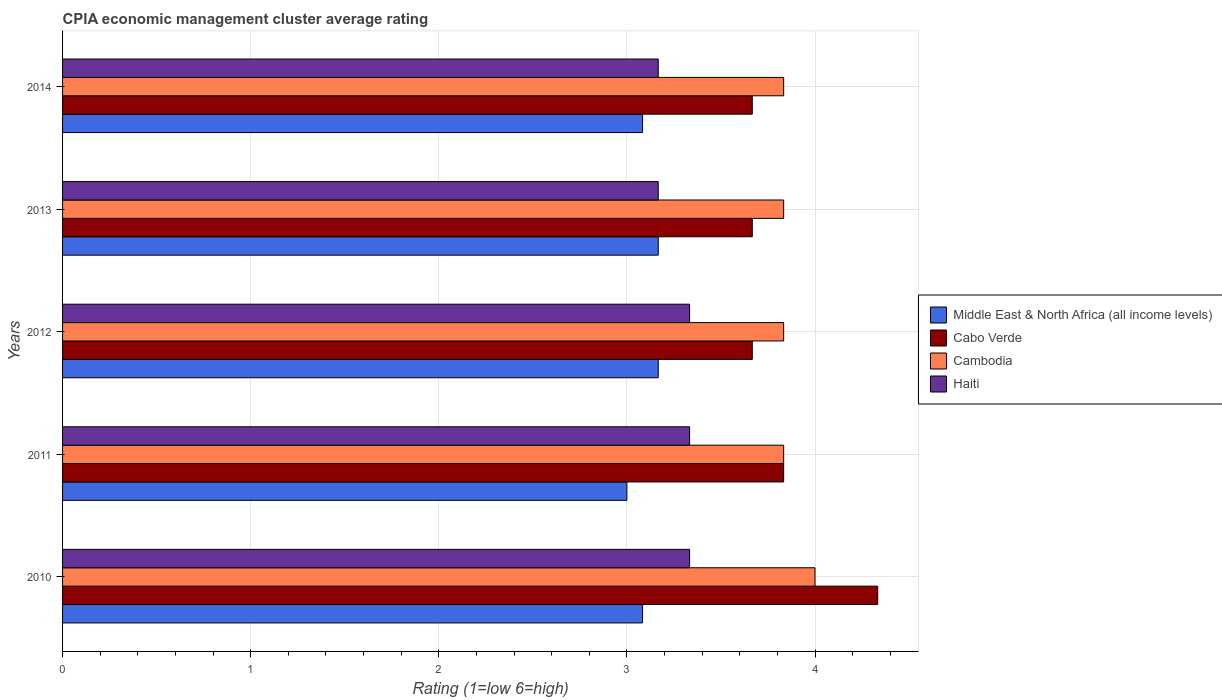
| Years | Middle East & North Africa (all income levels) | Cabo Verde | Cambodia | Haiti |
 | --- | --- | --- | --- | --- |
 | 2010 | 3.08 | 4.33 | 4 | 3.33 |
 | 2011 | 3 | 3.83 | 3.83 | 3.33 |
 | 2012 | 3.17 | 3.67 | 3.83 | 3.33 |
 | 2013 | 3.17 | 3.67 | 3.83 | 3.17 |
 | 2014 | 3.08 | 3.67 | 3.83 | 3.17 |